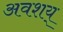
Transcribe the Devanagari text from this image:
अवशय्